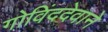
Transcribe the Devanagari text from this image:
गोविंददेवाने